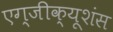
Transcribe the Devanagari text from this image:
एग्जीक्यूशंस